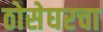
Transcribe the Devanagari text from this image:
ठोसेघरचा